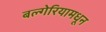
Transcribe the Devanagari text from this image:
बल्गेरियामधून